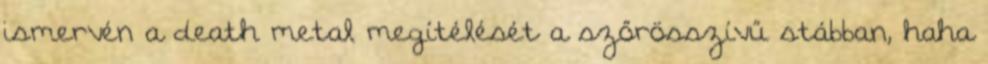
ismervén a death metal megítélését a szőrösszívű stábban, haha